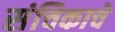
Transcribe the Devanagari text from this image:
संचिकाचे